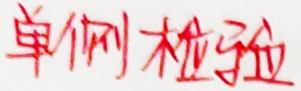
单侧检验